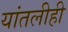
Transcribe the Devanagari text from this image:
यांतलीही